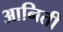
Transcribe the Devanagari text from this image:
आनिती